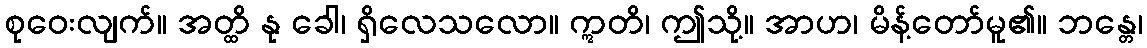
စုဝေးလျက်။ အတ္ထိ နု ခေါ၊ ရှိလေသလော။ ဣတိ၊ ဤသို့။ အာဟ၊ မိန့်တော်မူ၏။ ဘန္တေ၊